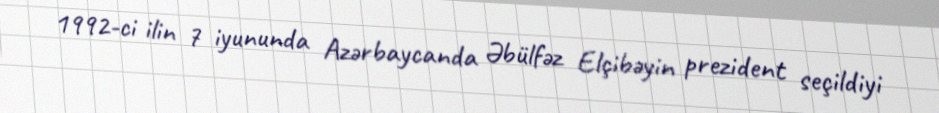
1992-ci ilin 7 iyununda Azərbaycanda Əbülfəz Elçibəyin prezident seçildiyi